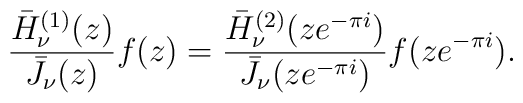
\frac{\bar H^{(1)}_{\nu}(z)}{\bar J_{\nu}(z)}f(z)=\frac{\bar H^{(2)}_{\nu}(ze^{-\pi i})}{\bar J_{\nu}(ze^{-\pi i})}f(ze^{-\pi i}).